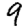
Digit: 9